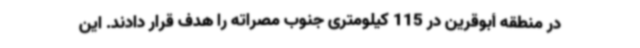
در منطقه أبوقرین در 115 کیلومتری جنوب مصراته را هدف قرار دادند. این